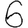
Digit: 6